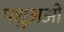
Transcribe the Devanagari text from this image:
पशुअओं